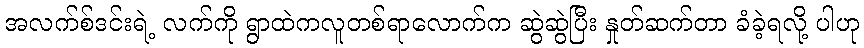
အလက်စ်ဒင်းရဲ့ လက်ကို ရွာထဲကလူတစ်ရာလောက်က ဆွဲဆွဲပြီး နှုတ်ဆက်တာ ခံခဲ့ရလို့ ပါဟု